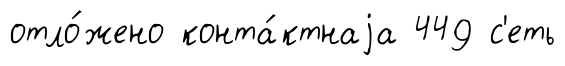
отло́жено конта́ктнаjа 449 с'еть